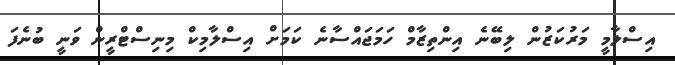
އިސްލާމީ މަރުކަޒުން ލިބޭނެ އިންތިޒާމް ހަމަޖައްސާނެ ކަމަށް އިސްލާމިކް މިނިސްޓްރީން ވަނީ ބުނެފަ